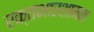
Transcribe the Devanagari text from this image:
रक्तभारशामक